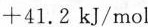
+41.2kJ/mol